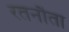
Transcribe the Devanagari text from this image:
रतनौता